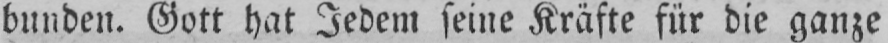
bunden. Gott hat Jedem seine Kräfte für die ganze